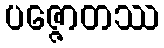
ပဇ္ဇောတဿ